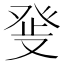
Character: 𤼬